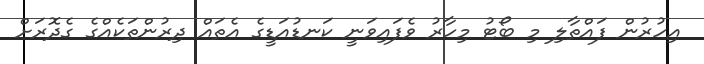
އިހުރުން ފައްތާލި މި ބޯޓު މިހާރު ވެފައިވަނީ ކަނޑުއަޑީގެ އެތައް ދިރުންތަކެއްގެ ގެދޮރަށް